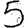
Digit: 5